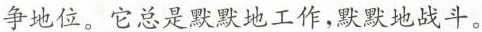
争地位。它总是默默地工作，默默地战斗。